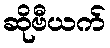
ဆိုဗီယက်